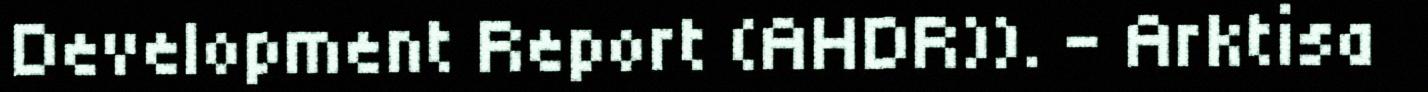
Development Report (AHDR)). - Arktisa